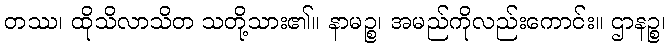
တဿ၊ ထိုသိလာသိတ သတို့သား၏။ နာမဉ္စ၊ အမည်ကိုလည်းကောင်း။ ဌာနဉ္စ၊